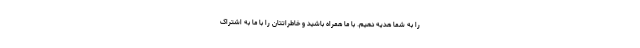
را به شما هدیه دهیم. با ما همراه باشید و خاطراتتان را با ما به اشتراک